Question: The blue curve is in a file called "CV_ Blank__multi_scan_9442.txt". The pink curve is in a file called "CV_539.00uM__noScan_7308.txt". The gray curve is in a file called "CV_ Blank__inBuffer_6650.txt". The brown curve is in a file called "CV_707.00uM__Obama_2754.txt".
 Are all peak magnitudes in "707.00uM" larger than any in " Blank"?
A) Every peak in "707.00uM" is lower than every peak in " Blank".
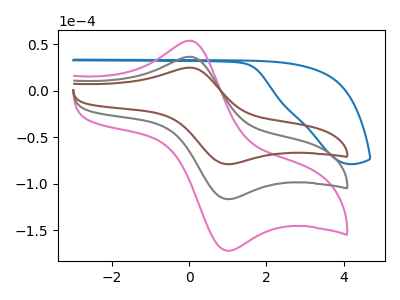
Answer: <think>The blue curve " Blank" has no peaks. The pink curve "539.00uM" has an anodic peak at (0.05V, 72.50uA) and a cathodic peak at (1.00V, -233.35uA). The gray curve " Blank" has an anodic peak at (0.05V, 36.25uA) and a cathodic peak at (1.00V, -116.65uA). The brown curve "707.00uM" has an anodic peak at (0.05V, 24.55uA) and a cathodic peak at (1.00V, -79.10uA).</think>
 <answer>A) Every peak in "707.00uM" is lower than every peak in " Blank".</answer>
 <eval>A</eval>